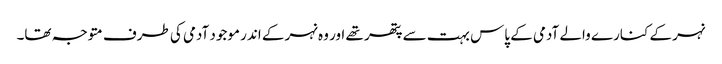
نہر کے کنارے والے آدمی کے پاس بہت سے پتھر تھے اور وہ نہر کے اندر موجود آدمی کی طرف متوجہ تھا۔